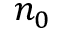
n _ { 0 }